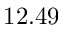
1 2 . 4 9